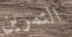
التمرين